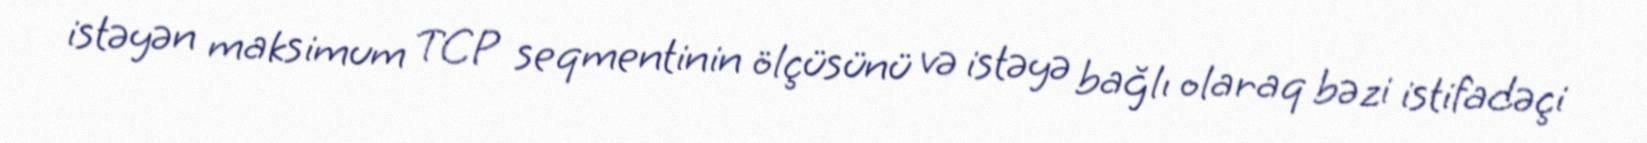
istəyən maksimum TCP seqmentinin ölçüsünü və istəyə bağlı olaraq bəzi istifadəçi